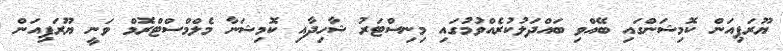
ޔޫރަޕިއަން ކޮމިޝަންގައި ބޭއްވި ބައްދަލުކުރެއްވުމުގައި މިނިސްޓަރު ޝާހިދާއި ކޮމިޝަނާ މެލްމްސްޓްރޮމް ވަނީ ޔޫރަޕިއަން